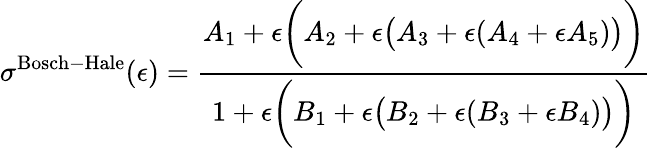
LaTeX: \sigma^{\mathrm{Bosch-Hale}}(\epsilon)={\frac{A_{1}+\epsilon{\bigg(}A_{2}+\epsilon{\big(}A_{3}+\epsilon(A_{4}+\epsilon A_{5}){\big)}{\bigg)}}{1+\epsilon{\bigg(}B_{1}+\epsilon{\big(}B_{2}+\epsilon(B_{3}+\epsilon B_{4}){\big)}{\bigg)}}}